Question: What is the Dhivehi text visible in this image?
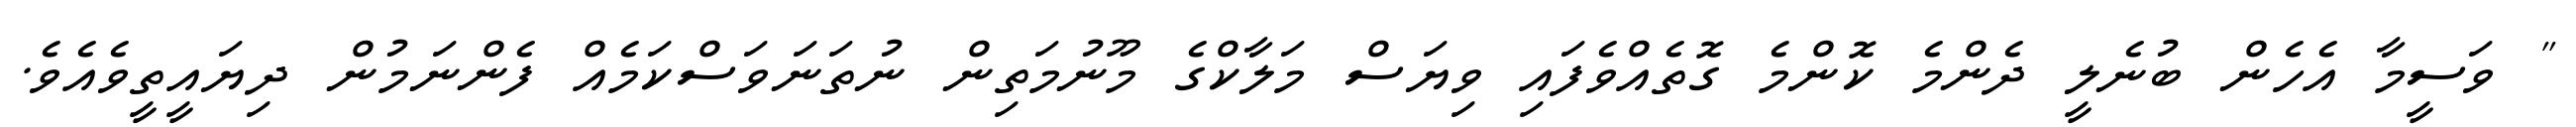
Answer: " ވަސީމާ އެހެން ބުނެލީ ދެންމެ ކޮންމެ ގޮތެއްވެފައި ވިޔަސް މަލާކްގެ މޫނުމަތިން ނުތަނަވަސްކަމެއް ފެންނަމުން ދިޔައީތީވެއެވެ.